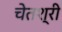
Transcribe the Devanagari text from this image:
चेतश्री